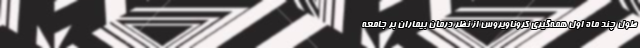
طول چند ماه اول همه‌گیری کروناویروس از نظر درمان بیماران بر جامعه